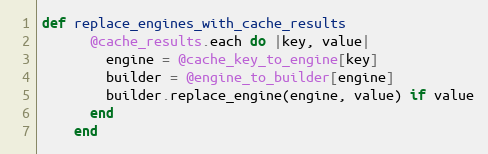
Language: Ruby
def replace_engines_with_cache_results
      @cache_results.each do |key, value|
        engine = @cache_key_to_engine[key]
        builder = @engine_to_builder[engine]
        builder.replace_engine(engine, value) if value
      end
    end